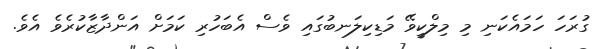
ގުރަހަ ހަމައެކަނި މި މިލްކީވޭ މަޑިކިލަނބުގައި ވެސް އެބަހުރި ކަމަށް އަންދާޒާކުރެވެ އެވެ.